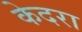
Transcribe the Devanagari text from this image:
केदरा